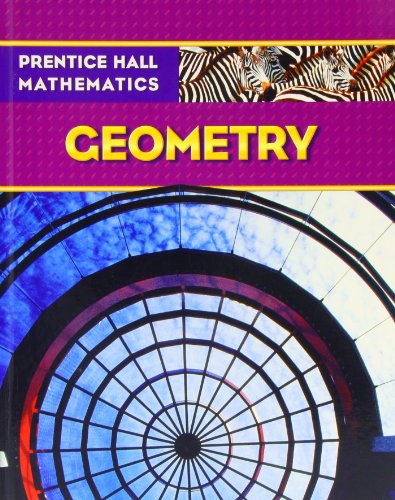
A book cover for PRENTICE HALL MATH GEOMETRY STUDENT EDITION; PRENTICE HALL; Teen & Young Adult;